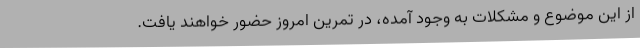
از این موضوع و مشکلات به وجود آمده، در تمرین امروز حضور خواهند یافت.